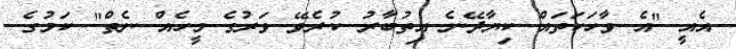
އެއީ "އެ ވާހަކަތައް ކިޔާދޭނެ އިތުބާރު ކުރެވޭ ވަރުގެ މީހެއް ނެތް" ކަމުގެ